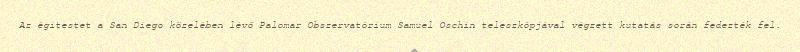
Az égitestet a San Diego közelében lévő Palomar Obszervatórium Samuel Oschin teleszkópjával végzett kutatás során fedezték fel.